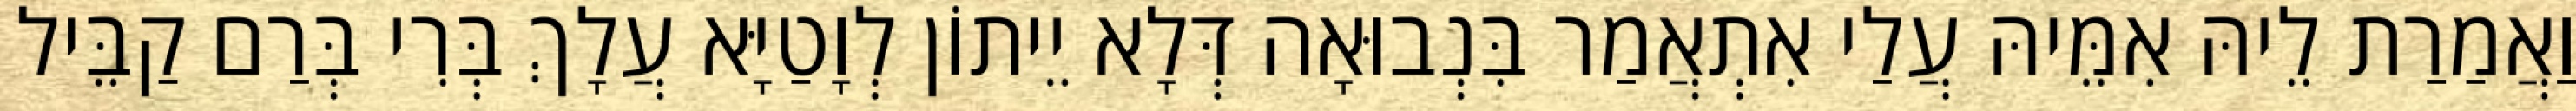
וַאֲמַרַת לֵיהּ אִמֵּיהּ עֲלַי אִתְאֲמַר בִּנְבוּאָה דְּלָא יֵיתוֹן לְוָטַיָּא עֲלָךְ בְּרִי בְּרַם קַבֵּיל